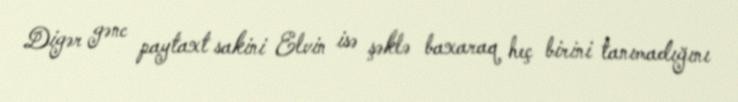
Digər gənc paytaxt sakini Elvin isə şəklə baxaraq heç birini tanımadığını